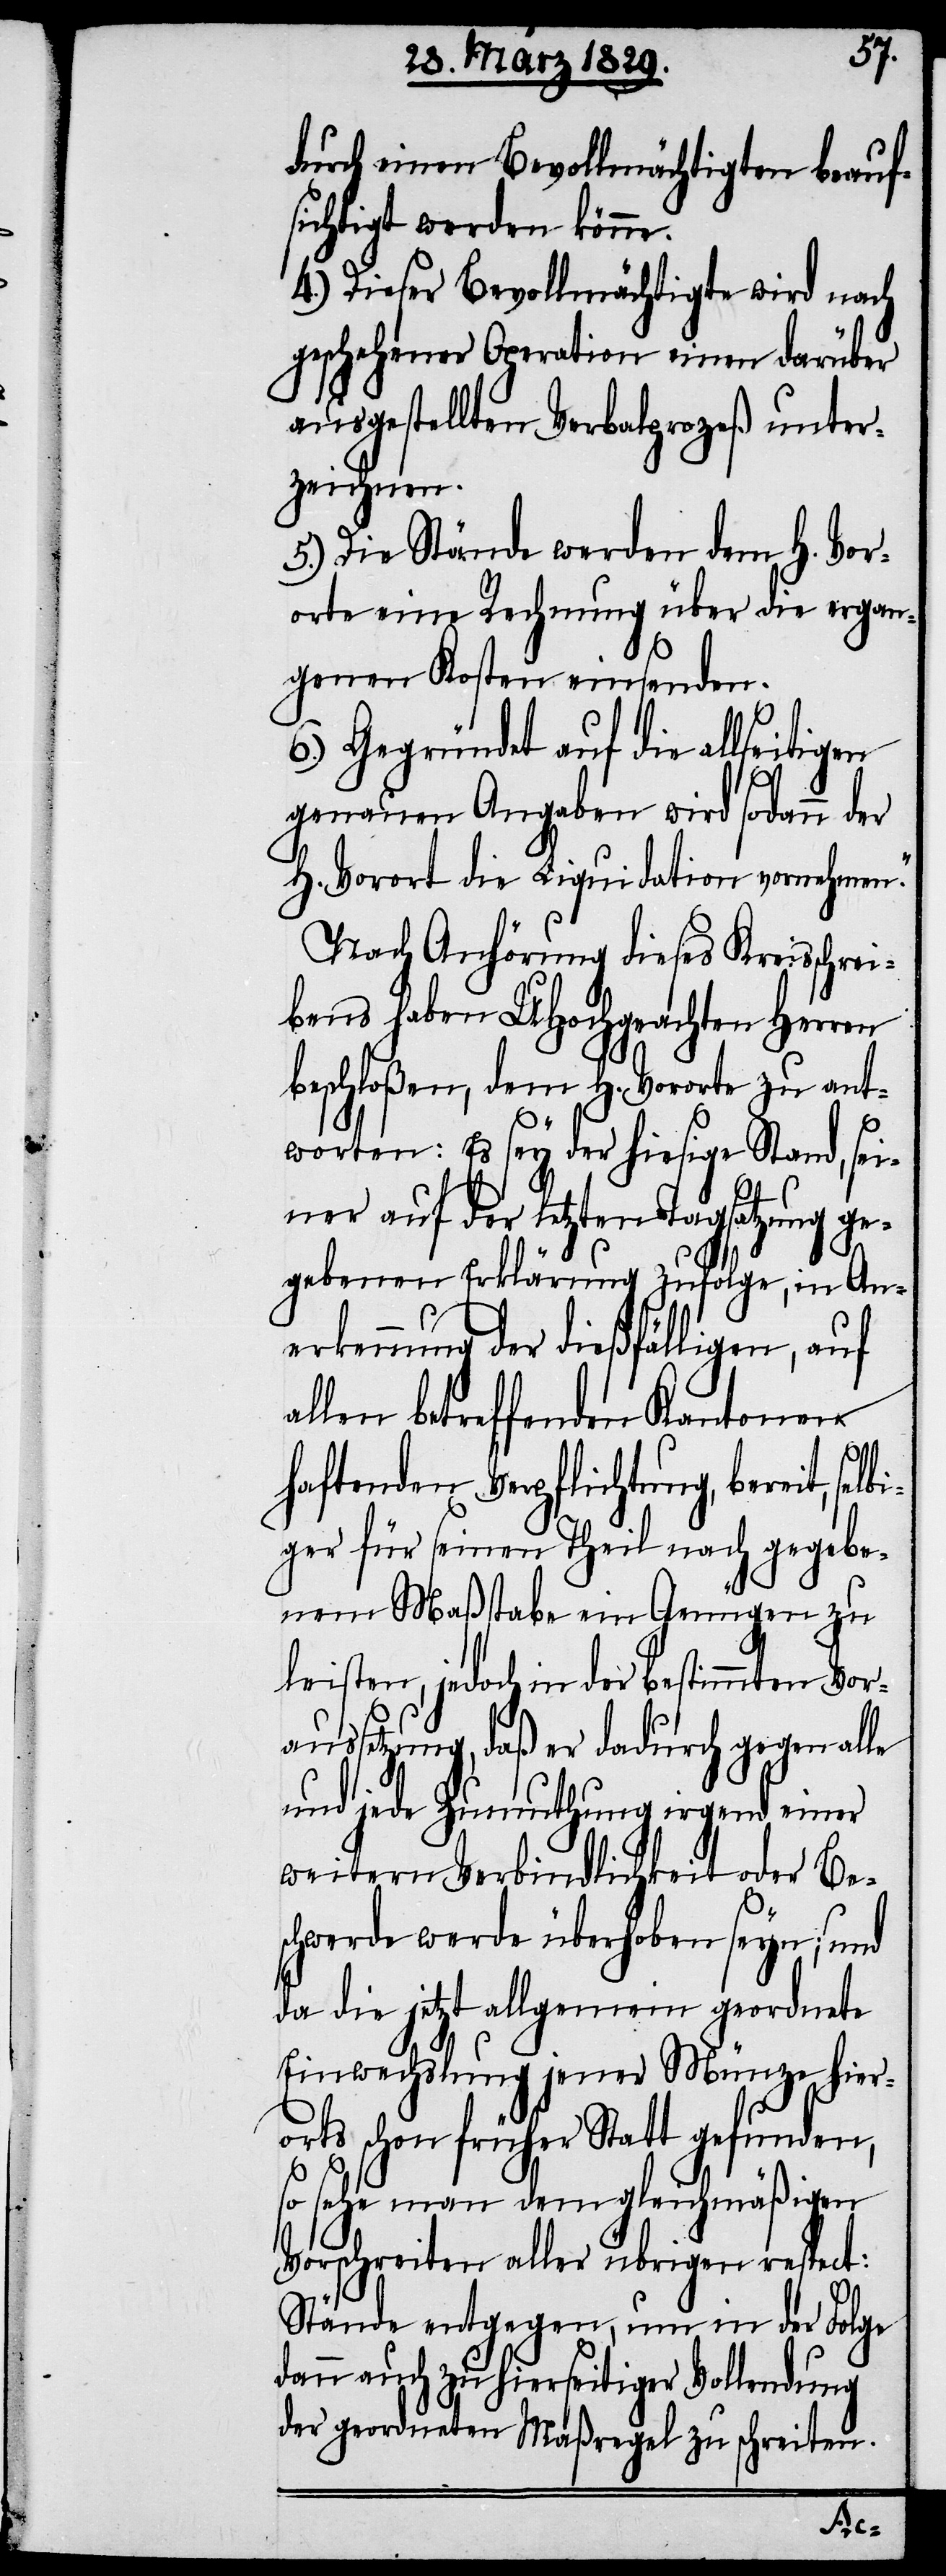
durch einen Bevollmächtigten beauf¬
sichtigt werden könne.
4.) Dieser Bevollmächtigte wird nach
geschehener Operation einen darüber
ausgestellten Verbalprozeß unter¬
zeichnen.
5.) Die Stände werden dem H. Vor¬
orte eine Rechnung über die ergan¬
genen Kosten einsenden.
6.) Gegründet auf die allseitigen
genauen Angaben wird sodann der
H. Vorort die Liquidation vornehmen.“
Nach Anhörung dieses Kreisschrei¬
bens haben UHochgeachten Herren
beschloßen, dem H. Vororte zu ant¬
worten: Es sey der hiesige Stand, sei¬
ner auf der letzten Tagsatzung ge¬
gebenen Erklärung zufolge, in An¬
erkennung der dießfälligen, auf
allen betreffenden Kantonen
haftenden Verpflichtung, bereit,
iger für seinen Theil nach gegebe¬
nem Maßstabe ein Genügen zu
leisten, jedoch in der bestimmten Vor¬
aussetzung, daß er dadurch gegen alle
und jede Zumuthung irgend einer
weitern Verbindlichkeit oder Bes¬
chwerde werde überhoben seyn; und
da die jetzt allgemein geordnete
Einwechslung jener Münze hier¬
orts schon früher Statt gefunden,
so sehe man dem gleichmäßigen
Vorschreiben aller übrigen respect:
Stände entgegen, um in der Folge
dann auch zu hierseitiger Vollendung
der geordneten Maßregel zu schreiten.
selb¬